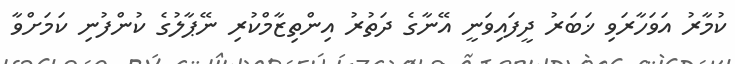
ކުމާރު އަވަހާރަވި ޚަބަރު ދީފައިވަނީ އޭނާގެ ދަތުރު އިންތިޒާމްކުރި ނޭޕާލުގެ ކުންފުނި ކަމަށްވާ